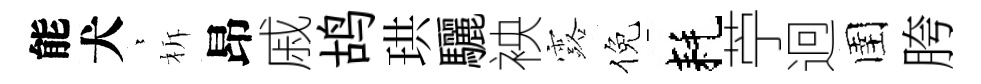
能犬依柝昂戚鸪珙驪䘧露倪耗苧迥圉胯